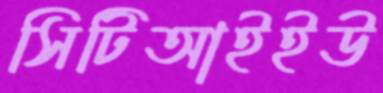
সিটিআইইউ